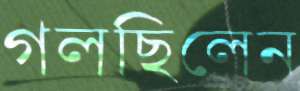
গলছিলেন